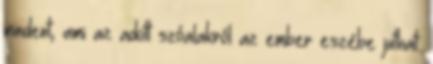
mindent, ami az adott szóalakról az ember eszébe juthat.